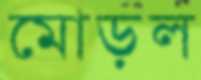
মোড়ল